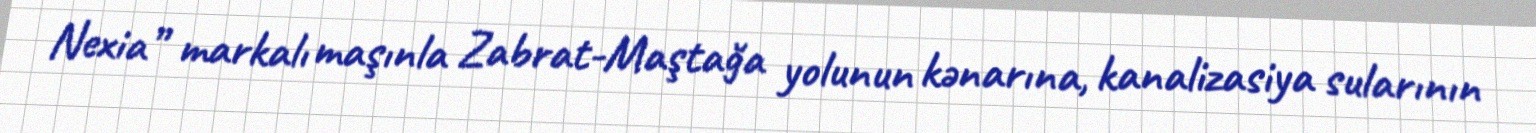
Nexia” markalı maşınla Zabrat-Maştağa yolunun kənarına, kanalizasiya sularının